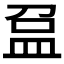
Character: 𥁏